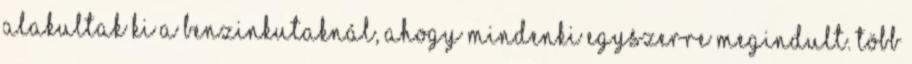
alakultak ki a benzinkutaknál, ahogy mindenki egyszerre megindult. Több